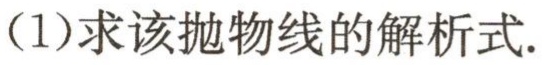
（1）求该抛物线的解析式.